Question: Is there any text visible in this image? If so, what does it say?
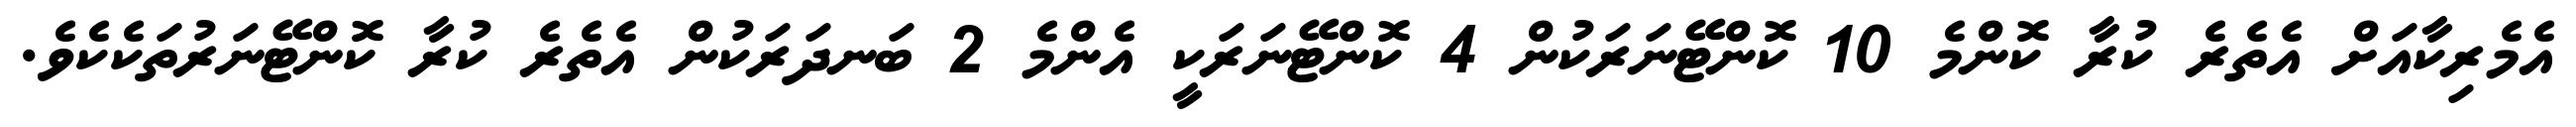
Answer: އެމެރިކާއަށް އެތެރެ ކުރާ ކޮންމެ 10 ކޮންޓޭނަރަކުން 4 ކޮންޓޭނަރަކީ އެންމެ 2 ބަނދަރަކުން އެތެރެ ކުރާ ކޮންޓޭނަރުތަކެކެވެ.